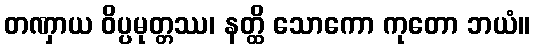
တဏှာယ ဝိပ္ပမုတ္တဿ၊ နတ္ထိ သောကော ကုတော ဘယံ။